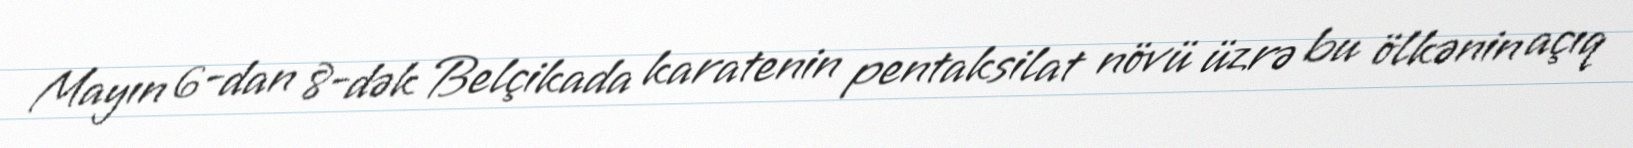
Mayın 6-dan 8-dək Belçikada karatenin pentaksilat növü üzrə bu ölkənin açıq